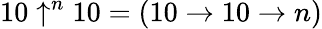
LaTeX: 10\uparrow^{n}10=(10\to 10\to n)